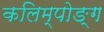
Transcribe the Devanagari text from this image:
कलिम्पोङ्ग